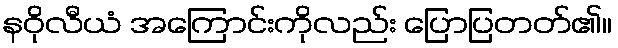
နဝိုလီယံ အကြောင်းကိုလည်း ပြောပြတတ်၏။